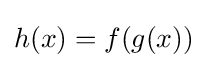
h(x)=f(g(x))